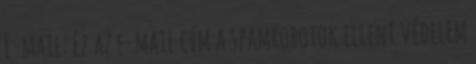
E-mail: Ez az e-mail cím a spamrobotok elleni védelem